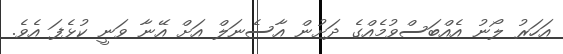
އަހަރު ލޯނު އެއްބަސްވުމެއްގެ ދަށުން އާސެނަލް އަށް އޭނާ ވަނީ ކުޅެފަ އެވެ.